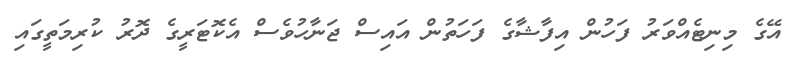
އޭގެ މިނިޓެއްވަރު ފަހުން އިފާޝާގެ ފަހަތުން އައިސް ޖަނާހުވެސް އެކޮޓަރީގެ ދޮރު ކުރިމަތީގައި